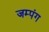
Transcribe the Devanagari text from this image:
जम्पंग